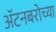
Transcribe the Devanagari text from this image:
ॲटनबरोच्या